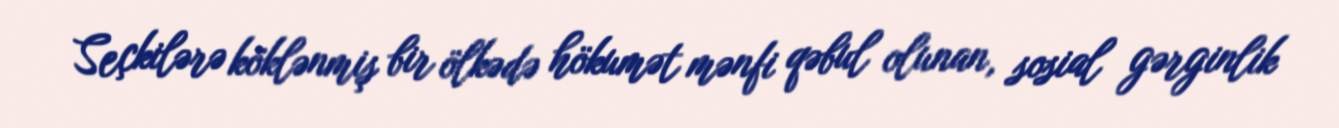
Seçkilərə köklənmiş bir ölkədə hökumət mənfi qəbul olunan, sosial gərginlik